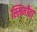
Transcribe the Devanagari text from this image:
स्मिमीता